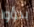
بدؤوا